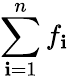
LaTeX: \sum_{\mathbf{i}=1}^{n}f_{\mathbf{i}}